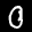
Label: 0